Lunatic asylums Punjab 1881-1894 - 1881-1894
Year: 1881
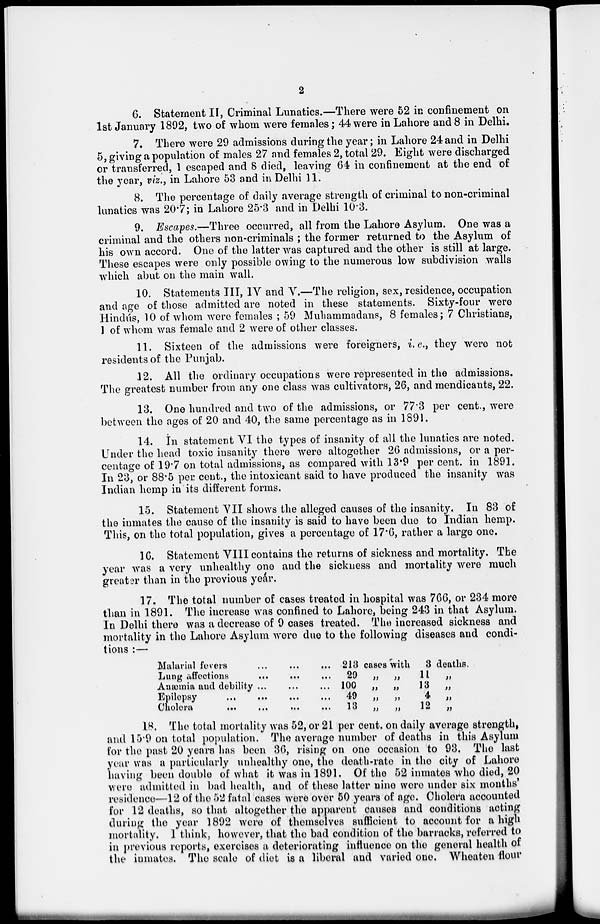
2
6. Statement II, Criminal Lunatics.—There were 52 in confinement on
1st January 1892, two of whom were females; 44 were in Lahore and 8 in Delhi.
7. There were 29 admissions during the year; in Lahore 24 and in Delhi
5, giving a population of males 27 and females 2, total 29. Eight were discharged
or transferred, 1 escaped and 8 died, leaving 64 in confinement at the end of
the year, viz., in Lahore 53 and in Delhi 11.
8. The percentage of daily average strength of criminal to non-criminal
lunatics was 20.7; in Lahore 25.3 and in Delhi 10.3.
9. Escapes.—Three occurred, all from the Lahore Asylum. One was a
criminal and the others non-criminals ; the former returned to the Asylum of
his own accord. One of the latter was captured and the other is still at large.
These escapes were only possible owing to the numerous low subdivision walls
which abut on the main wall.
10. Statements III, IV and V.—The religion, sex, residence, occupation
and age of those admitted are noted in these statements. Sixty-four were
Hindus, 10 of whom were females ; 59 Muhammadans, 8 females; 7 Christians,
1 of whom was female and 2 were of other classes.
11. Sixteen of the admissions were foreigners, i. c., they were not
residents of the Punjab.
12. All the ordinary occupations were represented in the admissions.
The greatest number from any one class was cultivators, 26, and mendicants, 22.
13. One hundred and two of the admissions, or 77.3 per cent., were
between the ages of 20 and 40, the same percentage as in 1891.
14. In statement VI the types of insanity of all the lunatics are noted.
Under the head toxic insanity there were altogether 26 admissions, or a per-
centage of 19.7 on total admissions, as compared with 13.9 per cent. in 1891.
In 23, or 88.5 per cent., the intoxicant said to have produced the insanity was
Indian hemp in its different forms.
15. Statement VII shows the alleged causes of the insanity. In 83 of
the inmates the cause of the insanity is said to have been due to Indian hemp.
This, on the total population, gives a percentage of 17.6, rather a large one.
16. Statement VIII contains the returns of sickness and mortality. The
year was a very unhealthy one and the sickness and mortality were much
greater than in the previous yeár.
17. The total number of cases treated in hospital was 766, or 234 more
than in 1891. The increase was confined to Lahore, being 243 in that Asylum.
In Delhi there was a decrease of 9 cases treated. The increased sickness and
mortality in the Lahore Asylum were due to the following diseases and condi-
tions :—
Malarial fevers ... ... ...
Lung affections ... ... ...
Anæmia and debility ... ... ...
Epilepsy
...
...
...
...
Cholera ... ... ... ...
218
29
100
49
13
cases with
„ „
„ „
„ „
„ „
3 deaths.
11 „
13 „
4
„
12 „
18. The total mortality was 52, or 21 per cent. on daily average strength,
and 15.9 on total population. The average number of deaths in this Asylum
for the past 20 years has been 36, rising on one occasion to 93. The last
year was a particularly unhealthy one, the death-rate in the city of Lahore
having been double of what it was in 1891. Of the 52 inmates who died, 20
were admitted in bad health, and of these latter nine were under six months'
residence—12 of the 52 fatal cases were over 50 years of age. Cholera accounted
for 12 deaths, so that altogether the apparent causes and conditions acting
during the year 1892 were of themselves sufficient to account for a high
mortality. I think, however, that the bad condition of the barracks, referred to
in previous reports, exercises a deteriorating influence on the general health of
the inmates. The scale of diet is a liberal and varied one. Wheaten flour